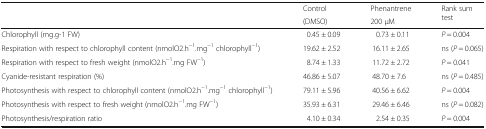
<table><thead><tr><td rowspan="2"></td><td><b>Control</b></td><td><b>Phenantrene</b></td><td rowspan="2"><b>Rank sum test</b></td></tr><tr><td><b>(DMSO)</b></td><td><b>200 μM</b></td></tr></thead><tbody><tr><td>Chlorophyll (mg.g-1 FW)</td><td>0.45 ± 0.09</td><td>0.73 ± 0.11</td><td><i>P</i> = 0.004</td></tr><tr><td>Respiration with respect to chlorophyll content (nmolO2.h<sup>−1</sup>.mg<sup>−1</sup> chlorophyll<sup>−1</sup>)</td><td>19.62 ± 2.52</td><td>16.11 ± 2.65</td><td>ns (<i>P</i> = 0.065)</td></tr><tr><td>Respiration with respect to fresh weight (nmolO2.h<sup>−1</sup>.mg FW<sup>−1</sup>)</td><td>8.74 ± 1.33</td><td>11.72 ± 2.72</td><td><i>P</i> = 0.041</td></tr><tr><td>Cyanide-resistant respiration (%)</td><td>46.86 ± 5.07</td><td>48.70 ± 7.6</td><td>ns (<i>P</i> = 0.485)</td></tr><tr><td>Photosynthesis with respect to chlorophyll content (nmolO2.h<sup>−1</sup>.mg<sup>−1</sup> chlorophyll<sup>−1</sup>)</td><td>79.11 ± 5.96</td><td>40.56 ± 6.62</td><td><i>P</i> = 0.004</td></tr><tr><td>Photosynthesis with respect to fresh weight (nmolO2.h<sup>−1</sup>.mg FW<sup>−1</sup>)</td><td>35.93 ± 6.31</td><td>29.46 ± 6.46</td><td>ns (<i>P</i> = 0.082)</td></tr><tr><td>Photosynthesis/respiration ratio</td><td>4.10 ± 0.34</td><td>2.54 ± 0.35</td><td><i>P</i> = 0.004</td></tr></tbody></table>